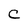
Character: C